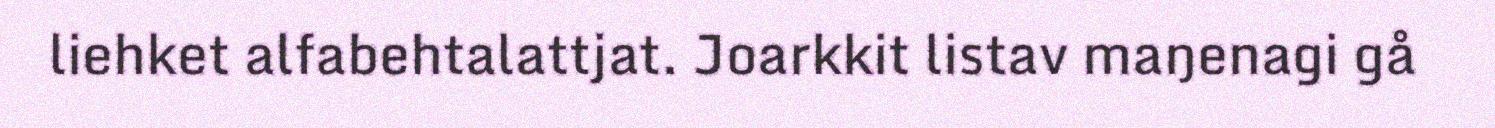
liehket alfabehtalattjat. Joarkkit listav maŋenagi gå